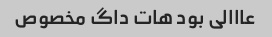
عااالی بود هات داگ مخصوص